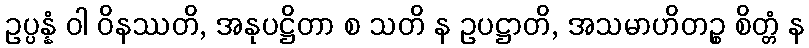
ဥပ္ပန္နံ ဝါ ဝိနဿတိ, အနုပဋ္ဌိတာ စ သတိ န ဥပဋ္ဌာတိ, အသမာဟိတဉ္စ စိတ္တံ န